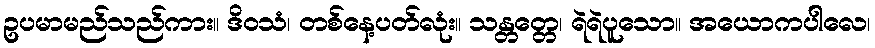
ဥပမာမည်သည်ကား။ ဒိဝသံ၊ တစ်နေ့ပတ်လုံး။ သန္တတ္တေ၊ ရဲရဲပူသော။ အယောကပါလေ၊